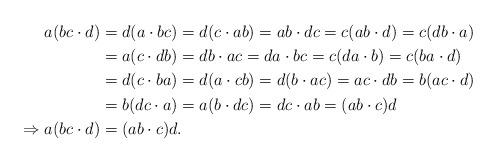
LaTeX: \begin{align*}a(bc\cdot d) & =d(a\cdot bc)=d(c\cdot ab)=ab\cdot dc=c(ab\cdot d)=c(db\cdot a)\\ & =a(c\cdot db)=db\cdot ac=da\cdot bc=c(da\cdot b)=c(ba\cdot d)\\ & =d(c\cdot ba)=d(a\cdot cb)=d(b\cdot ac)=ac\cdot db=b(ac\cdot d)\\ & =b(dc\cdot a)=a(b\cdot dc)=dc\cdot ab=(ab\cdot c)d\\\Rightarrow a(bc\cdot d) & =(ab\cdot c)d.\end{align*}